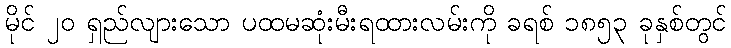
မိုင် ၂၀ ရှည်လျားသော ပထမဆုံးမီးရထားလမ်းကို ခရစ် ၁၈၅၃ ခုနှစ်တွင်